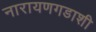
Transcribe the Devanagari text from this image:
नारायणगडाशी